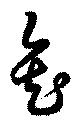
缶